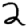
Digit: 2